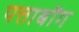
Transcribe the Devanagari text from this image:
पत्ताबोंग